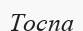
Тоспа